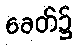
ခေတ်၌